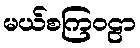
မယ်စကြဝဠာ